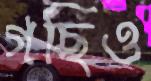
গছিও